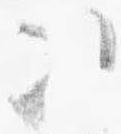
次